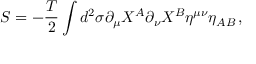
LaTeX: S = - \frac { T } { 2 } \int d ^ { 2 } \sigma \partial _ { \mu } X ^ { A } \partial _ { \nu } X ^ { B } \eta ^ { \mu \nu } \eta _ { A B } \, ,